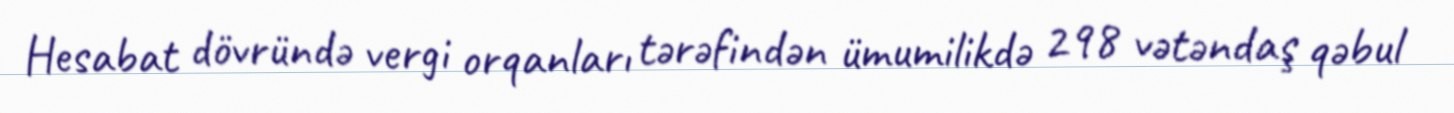
Hesabat dövründə vergi orqanları tərəfindən ümumilikdə 298 vətəndaş qəbul